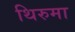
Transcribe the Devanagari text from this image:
थिरुमा